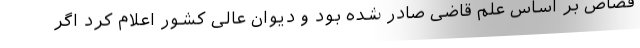
قصاص بر اساس علم قاضی صادر شده بود و دیوان عالی کشور اعلام کرد اگر